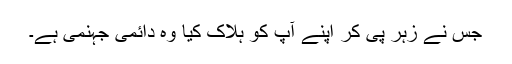
جس نے زہر پی کر اپنے آپ کو ہلاک کیا وہ دائمی جہنمی ہے۔